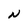
Character: N